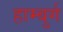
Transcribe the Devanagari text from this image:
हाम्बुर्ग